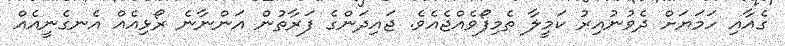
ގެއާއި ހަމަޔަށް ދެވުނުއިރު ކަމީލާ ތެމިފޯވެއްޖެއެވެ. ޖައިދަންގެ ފަރާތުން އަންނާނެ ރޯޅިއެއް އެނގެނީއެއް